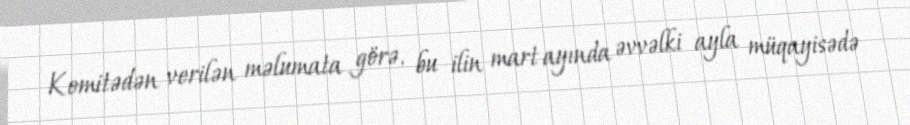
Komitədən verilən məlumata görə, bu ilin mart ayında əvvəlki ayla müqayisədə